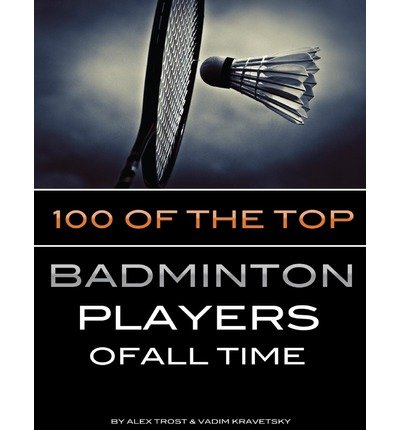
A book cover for [ 100 of the Top Badminton Players of All Time BY Trostanetskiy, Alex ( Author ) ] { Paperback } 2013; Alex Trostanetskiy; Sports & Outdoors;